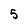
Character: 5